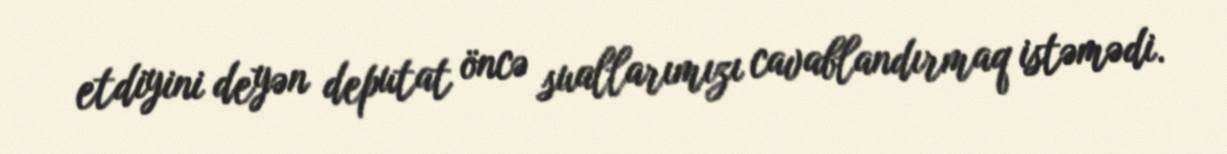
etdiyini deyən deputat öncə suallarımızı cavablandırmaq istəmədi.